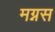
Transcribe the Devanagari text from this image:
मग्नस